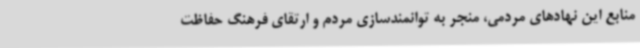
منابع این نهادهای مردمی، منجر به توانمندسازی مردم و ارتقای فرهنگ حفاظت